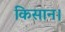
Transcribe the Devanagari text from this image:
किसान।